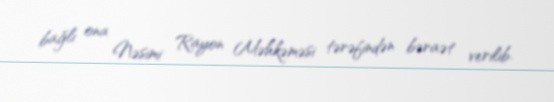
bağlı ona Nəsimi Rayon Məhkəməsi tərəfindən bəraət verilib.